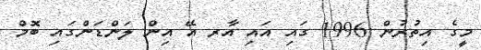
މީގެ އިތުރުން 1996 ގައި އައި އާރ އޭ އިން ލަންޑަންގައި ބޮމް